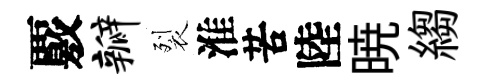
覈瓣裂淮苦陸暁縐